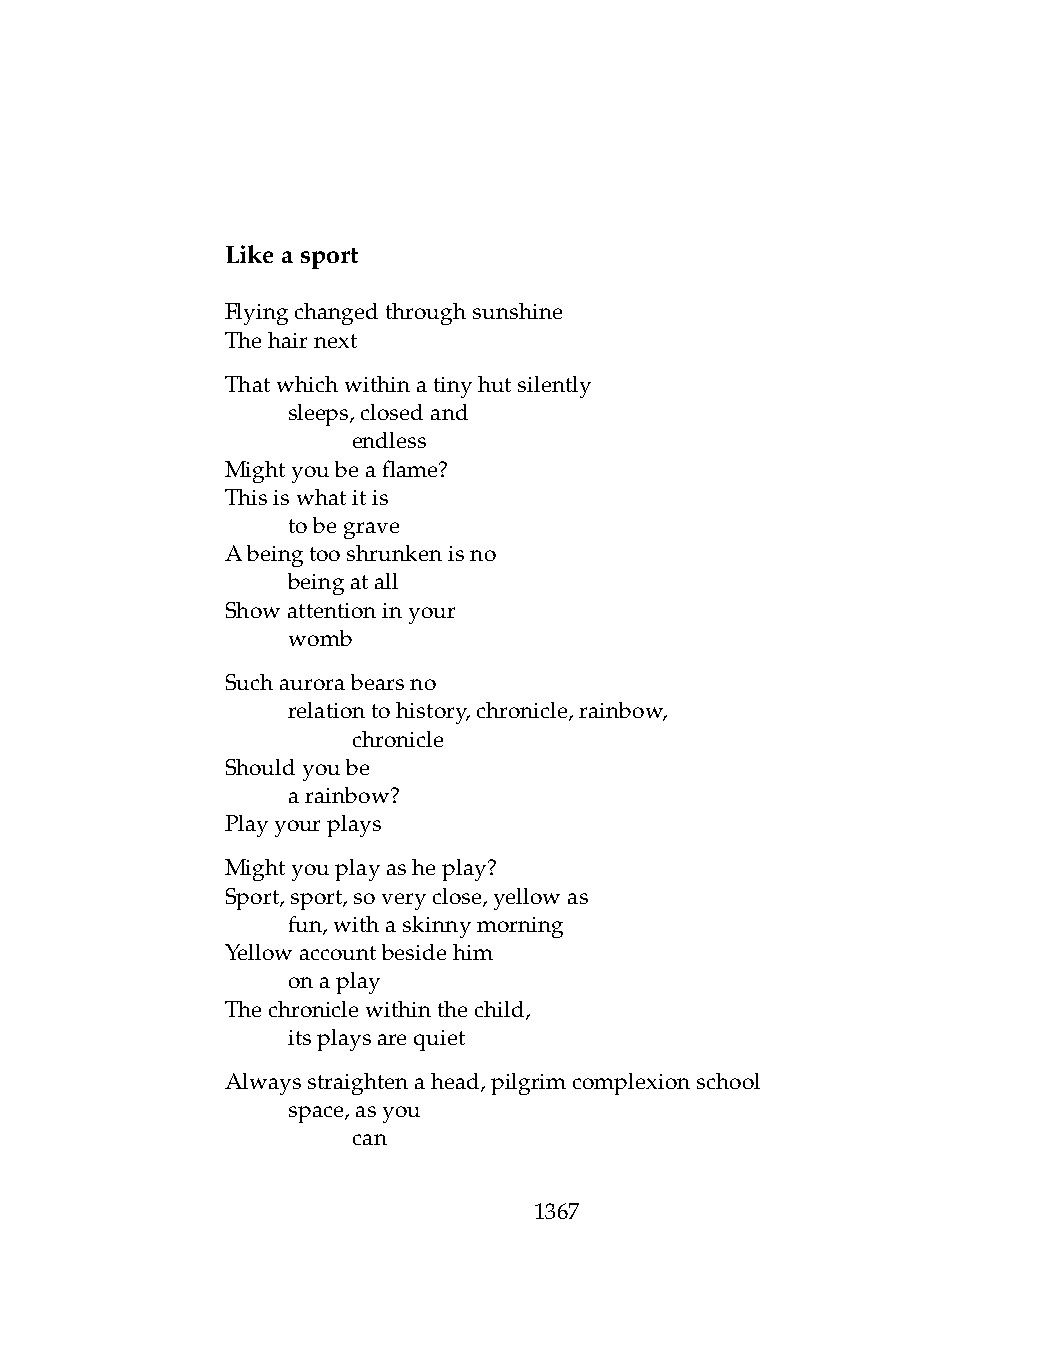
Likeasport
 Flyingchangedthroughsunshine
 Thehairnext
 Thatwhichwithinatinyhutsilently
 .   sleeps,closedand
 .   .   endless
 Mightyoubeaflame?
 Thisiswhatitis
 .   tobegrave
 Abeingtooshrunkenisno
 .   beingatall
 Showattentioninyour
 .   womb
 Suchaurorabearsno
 .   relationtohistory,chronicle,rainbow,
 .   .   chronicle
 Shouldyoube
 .   arainbow?
 Playyourplays
 Mightyouplayasheplay?
 Sport,sport,soveryclose,yellowas
 .   fun,withaskinnymorning
 Yellowaccountbesidehim
 .   onaplay
 Thechroniclewithinthechild,
 .   itsplaysarequiet
 Alwaysstraightenahead,pilgrimcomplexionschool
 .   space,asyou
 .   .   can
 1367